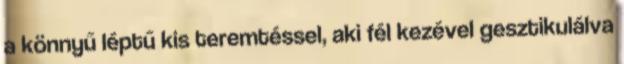
a könnyű léptű kis teremtéssel, aki fél kezével gesztikulálva